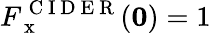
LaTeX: F_{\mathrm{~x~}}^{\mathrm{~C~I~D~E~R~}}(\mathbf{0})=1